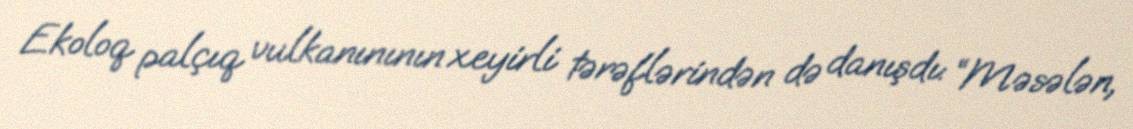
Ekoloq palçıq vulkanınının xeyirli tərəflərindən də danışdı: “Məsələn,